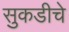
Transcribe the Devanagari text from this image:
सुकडीचे